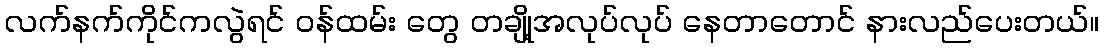
လက်နက်ကိုင်ကလွဲရင် ဝန်ထမ်း တွေ တချို့အလုပ်လုပ် နေတာတောင် နားလည်ပေးတယ်။